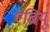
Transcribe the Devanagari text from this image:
एब्रियू